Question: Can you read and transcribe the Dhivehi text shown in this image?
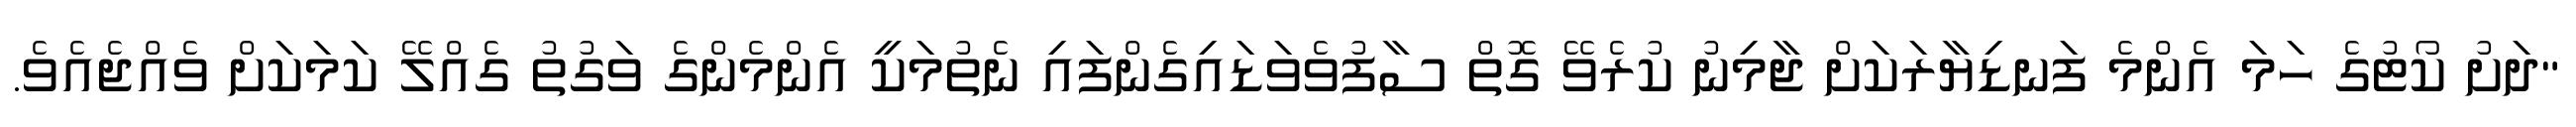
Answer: "ދަށު ކޯޓުގެ ހަމަ އެންމެ ފަނޑިޔާރަކަށް ޖާމިނު ކުރެވޭ ގޮތް ސާފުވެވަޑައިގެންފައި ނެތުމަކީ އެންމެންގެ ވަގުތު ގެއްލޭ ކަމަކަށް ވެއްޖެއެވެ.